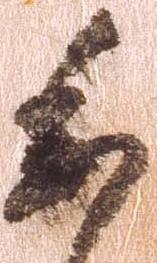
委